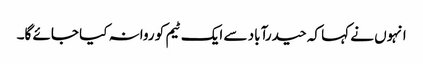
انہوں نے کہا کہ حیدرآباد سے ایک ٹیم کو روانہ کیا جائے گا۔